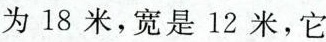
为18米，宽是12米，它